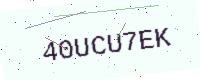
Text: 40UCU7EK